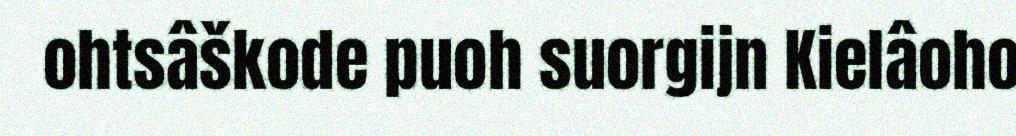
ohtsâškode puoh suorgijn Kielâoho